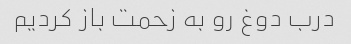
درب دوغ رو به زحمت باز کردیم